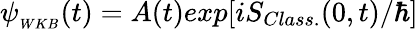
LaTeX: \psi_{_{WKB}}(t)=A(t)exp[iS_{Class.}(0,t)/\hbar]